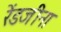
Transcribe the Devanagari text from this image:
रेंडजीना